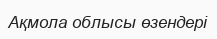
Ақмола облысы өзендері